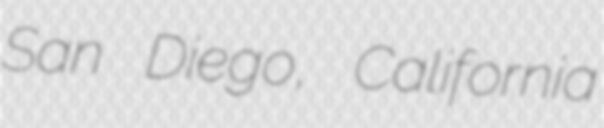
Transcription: San Diego, California